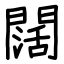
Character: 闊